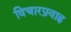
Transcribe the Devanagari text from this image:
विचारप्रवाह्